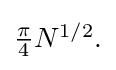
{\textstyle {\frac {\pi }{4}}{N^{1/2}}.}